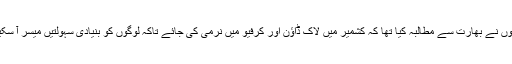
انہوں نے بھارت سے مطالبہ کیا تھا کہ کشمیر میں لاک ڈاؤن اور کرفیو میں نرمی کی جائے تاکہ لوگوں کو بنیادی سہولتیں میسر آ سکیں۔